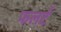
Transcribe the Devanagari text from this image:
फलर्ट